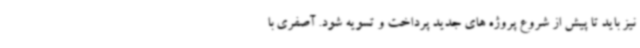
نیز باید تا پیش از شروع پروژه های جدید پرداخت و تسویه شود. آصفری با